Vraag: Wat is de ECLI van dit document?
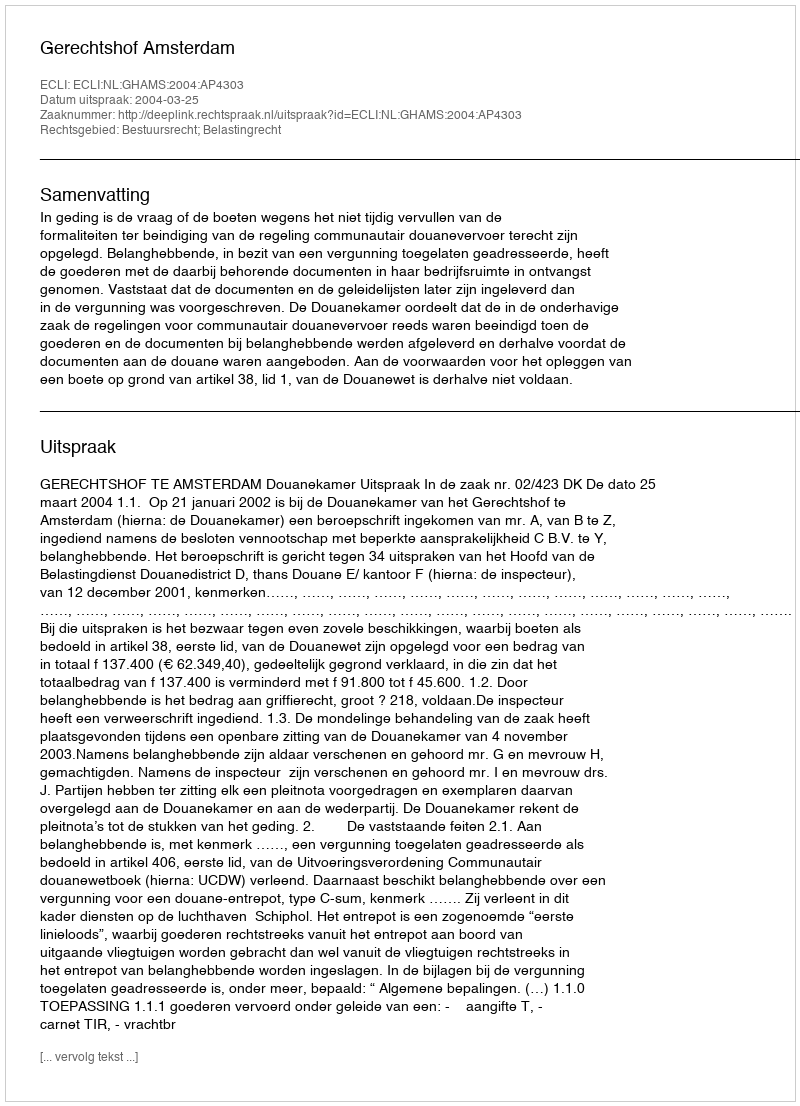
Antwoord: ECLI:NL:GHAMS:2004:AP4303